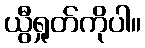
ယွီရှုတ်ကိုပါ။